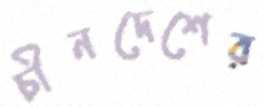
চীনদেশের